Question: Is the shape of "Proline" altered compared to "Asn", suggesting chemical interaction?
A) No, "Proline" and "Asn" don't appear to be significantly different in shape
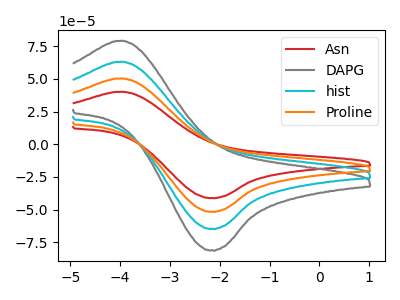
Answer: <think>The red curve "Asn" has an anodic peak at (-3.95V, 40.10uA) and a cathodic peak at (-2.15V, -41.15uA). The gray curve "DAPG" has an anodic peak at (-3.95V, 150.90uA) and a cathodic peak at (-2.15V, -154.70uA). The cyan curve "hist" has an anodic peak at (-3.95V, 100.60uA) and a cathodic peak at (-2.15V, -103.15uA). The orange curve "Proline" has an anodic peak at (-3.95V, 50.30uA) and a cathodic peak at (-2.15V, -51.55uA).
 All the peaks in "Proline" have a peak in "Asn" at the same potential. Every peak in "Proline" is higher than every peak in "Asn".</think>
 <answer>A) No, "Proline" and "Asn" don't appear to be significantly different in shape</answer>
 <eval>A</eval>